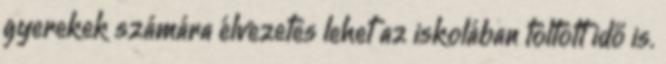
gyerekek számára élvezetes lehet az iskolában töltött idő is.